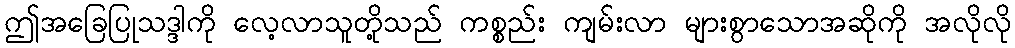
ဤအခြေပြုသဒ္ဒါကို လေ့လာသူတို့သည် ကစ္စည်း ကျမ်းလာ များစွာသောအဆိုကို အလိုလို